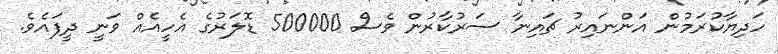
ހަދިޔާކުރަމުން އަންނައިރު ޗައިނާ ސަރުކާރުން ވެސް 500000 ޑޮލަރުގެ އެހީއެއް ވަނީ ދީފައެވެ.